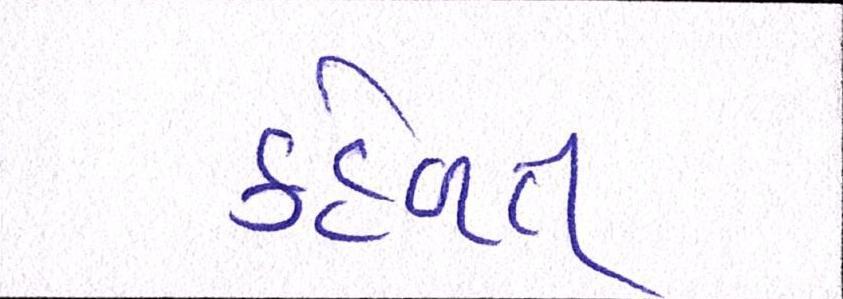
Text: કહેવત